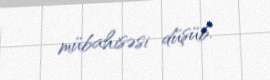
mübahisəsi düşüb.